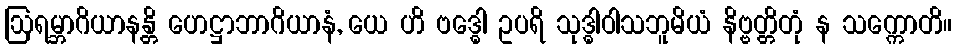
ဩရမ္ဘာဂိယာနန္တိ ဟေဋ္ဌာဘာဂိယာနံ, ယေ ဟိ ဗဒ္ဓေါ ဥပရိ သုဒ္ဓါဝါသဘူမိယံ နိဗ္ဗတ္တိတုံ န သက္ကောတိ။